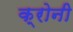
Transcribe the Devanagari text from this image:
क्रोनी